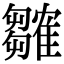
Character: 𬯲